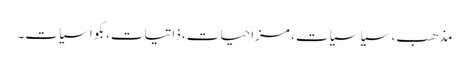
مذھب، سیاسیات، مزاحیات، ذاتیات،بکواسیات۔